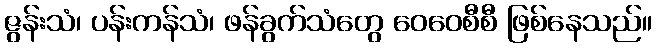
ဇွန်းသံ၊ ပန်းကန်သံ၊ ဖန်ခွက်သံတွေ ဝေဝေစီစီ ဖြစ်နေသည်။